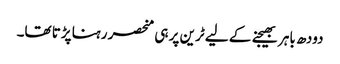
دودھ باہر بھیجنے کے لیے ٹرین پر ہی منحصر رہنا پڑتا تھا۔